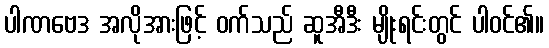
ပါဏဗေဒ အလိုအားဖြင့် ဝက်သည် ဆူအီဒီး မျိုးရင်းတွင် ပါဝင်၏။